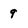
Character: 9